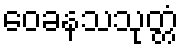
ဝေခနသသုတ္တံ